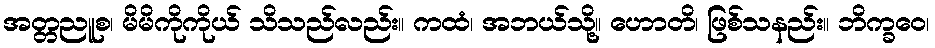
အတ္တညူစ၊ မိမိကိုကိုယ် သိသည်လည်း။ ကထံ၊ အဘယ်သို့။ ဟောတိ၊ ဖြစ်သနည်း။ ဘိက္ခဝေ၊